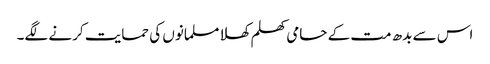
اس سے بدھ مت کے حامی کھلم کھلا مسلمانوں کی حمایت کرنے لگے۔